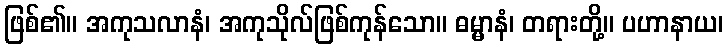
ဖြစ်၏။ အကုသလာနံ၊ အကုသိုလ်ဖြစ်ကုန်သော။ ဓမ္မာနံ၊ တရားတို့။ ပဟာနာယ၊